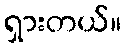
ရှားတယ်။